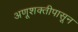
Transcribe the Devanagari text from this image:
अणूशक्तीपासून